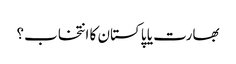
بھارت یا پاکستان کا انتخاب؟